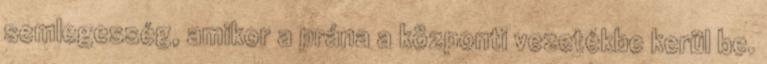
semlegesség, amikor a prána a központi vezetékbe kerül be.